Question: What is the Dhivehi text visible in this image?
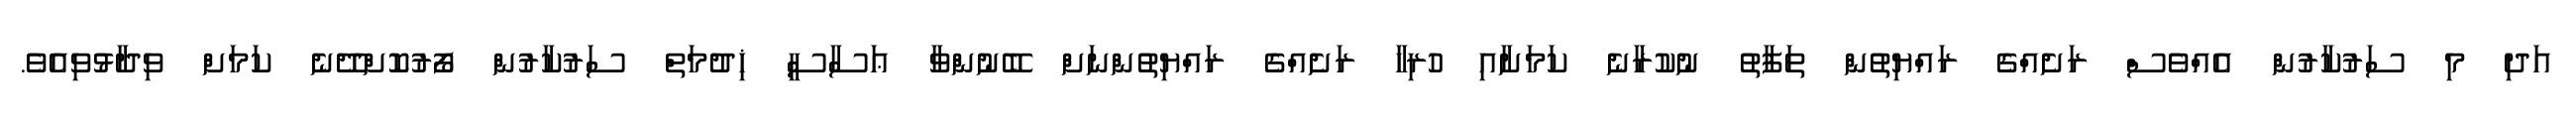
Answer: އަދި މި ސަރުކާރުން އެއްވެސް ރަށެއްގެ ރައްޔިތުން ތަފާތު ނުކުރާނެ ކަމަށާއި ހުރިހާ ރަށެއްގެ ރައްޔިތުންނަށް ބޭނުންވާ ޢަސާސީ ޚިދުމަތް ސަރުކާރުން ފޯރުކޮށްދޭނެ ކަމަށް ވިދާޅުވިއެވެ.